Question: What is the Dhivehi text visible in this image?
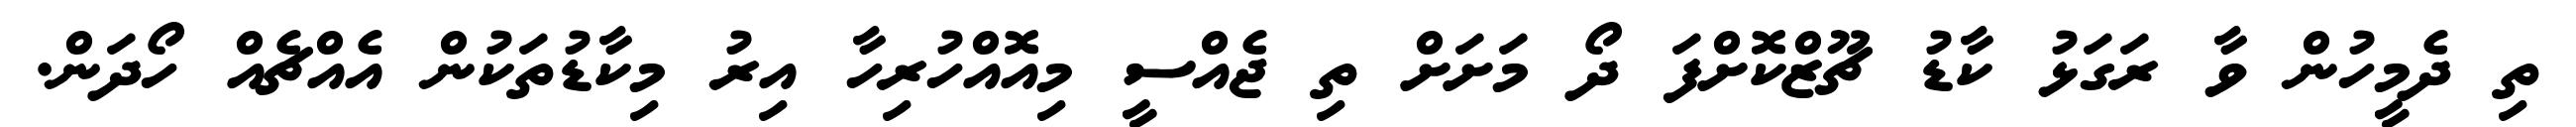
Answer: ތި ދެމީހުން ވާ ރަގަޅު ކާޑު ޗޫޒްކޮށްފަ ދޯ މަށަށް ތި ޖެއްސީ މިއޮއްހުރިހާ އިރު މިކާޑުތަކުން އެއްޗެއް ހޯދަން.